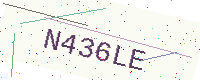
Text: N436LE